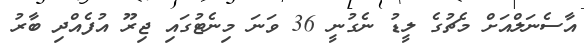
އާސެނަލްއަށް މެޗުގެ ލީޑު ނެގުނީ 36 ވަނަ މިނެޓުގައި ޖިރޫ އުފެއްދި ބާރު